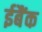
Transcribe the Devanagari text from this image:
ईबैंक